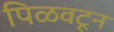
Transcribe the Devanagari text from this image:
पिळवटून